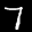
Label: 7